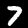
Label: 7